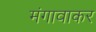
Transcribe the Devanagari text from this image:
मंगावाकर